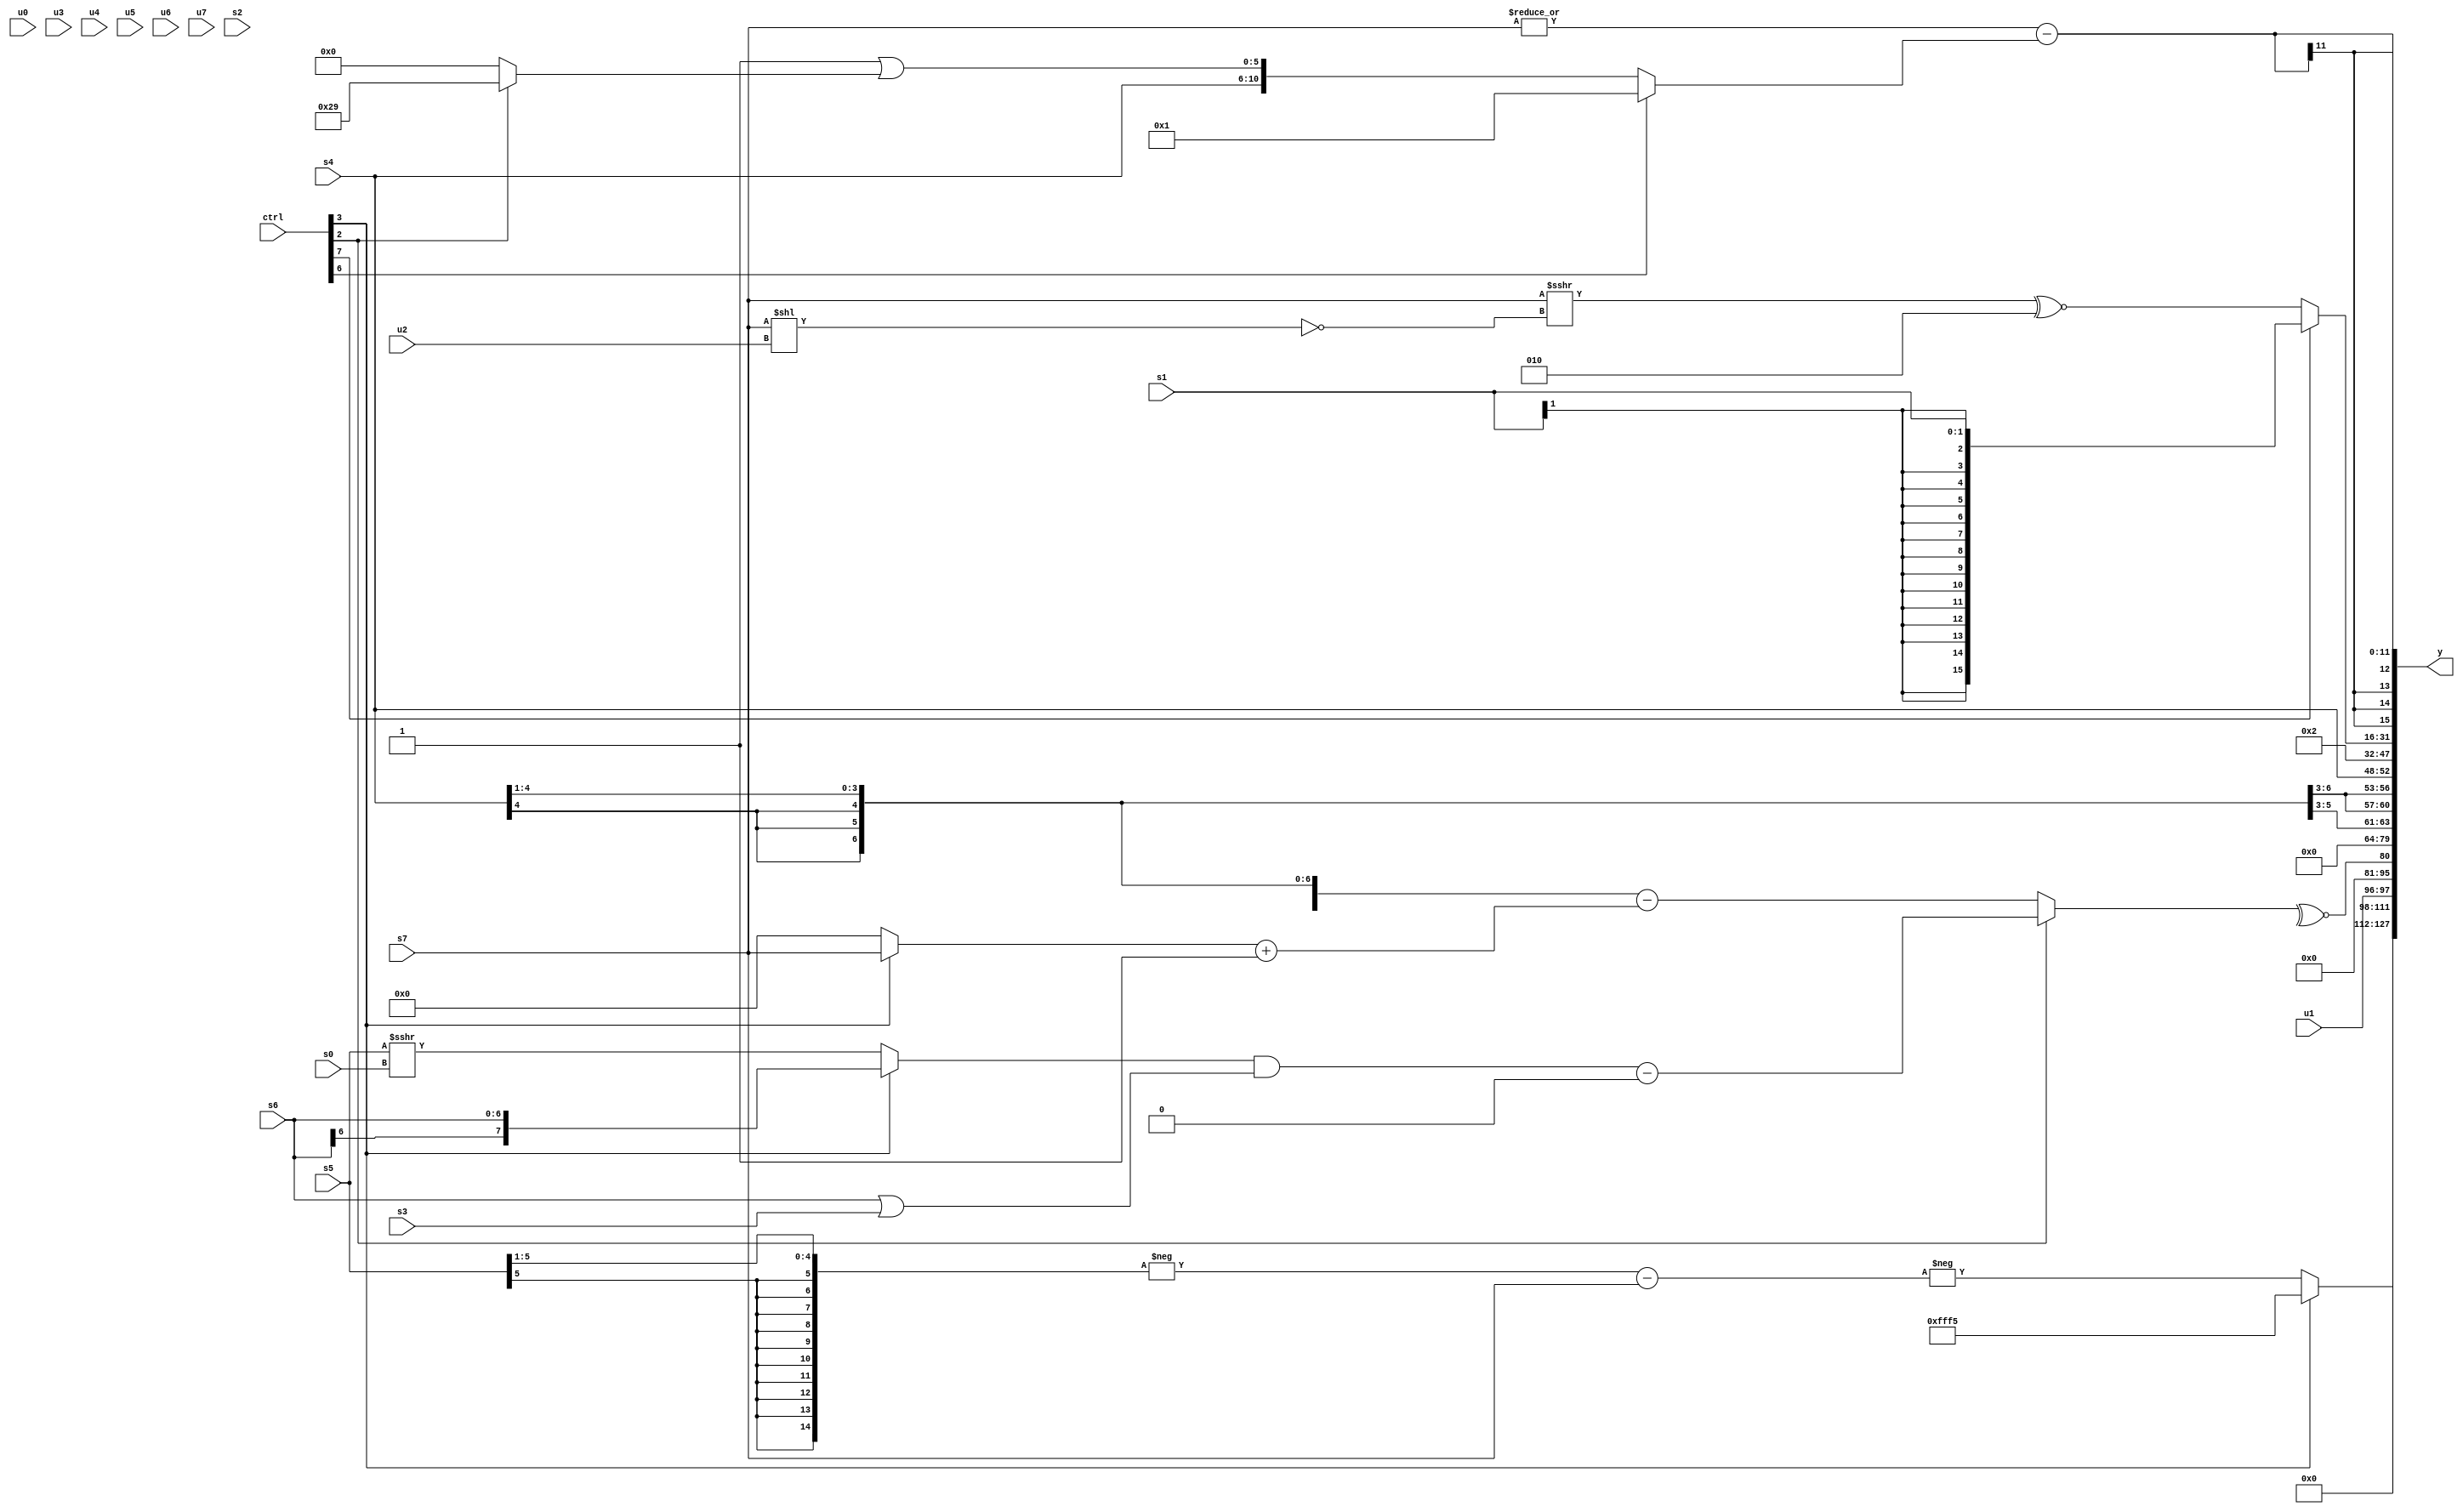
module wideexpr_00435(ctrl, u0, u1, u2, u3, u4, u5, u6, u7, s0, s1, s2, s3, s4, s5, s6, s7, y);
  input [7:0] ctrl;
  input [0:0] u0;
  input [1:0] u1;
  input [2:0] u2;
  input [3:0] u3;
  input [4:0] u4;
  input [5:0] u5;
  input [6:0] u6;
  input [7:0] u7;
  input signed [0:0] s0;
  input signed [1:0] s1;
  input signed [2:0] s2;
  input signed [3:0] s3;
  input signed [4:0] s4;
  input signed [5:0] s5;
  input signed [6:0] s6;
  input signed [7:0] s7;
  output [127:0] y;
  wire [15:0] y0;
  wire [15:0] y1;
  wire [15:0] y2;
  wire [15:0] y3;
  wire [15:0] y4;
  wire [15:0] y5;
  wire [15:0] y6;
  wire [15:0] y7;
  assign y = {y0,y1,y2,y3,y4,y5,y6,y7};
  assign y0 = (ctrl[3]?-(+(5'sb01011)):-((-((s5)>>(2'b01)))-(s7)));
  assign y1 = u1;
  assign y2 = ~^((ctrl[2]?(((ctrl[3]?(ctrl[6]?s6:s6):(s5)>>>(s0)))&(((s6)>>>(1'sb0))|((s3)>>(1'sb0))))-($signed({{1{3'sb000}},(5'sb00000)>(4'b0110)})):+(((s4)>>((1'sb1)>>(1'b0)))-(((ctrl[3]?s7:1'sb0))+(2'sb11)))));
  assign y3 = !(2'sb10);
  assign y4 = $signed(s4);
  assign y5 = 3'sb010;
  assign y6 = (ctrl[7]?s1:((s7)>>>(!((s7)<<(u2))))^~(3'sb010));
  assign y7 = (|(s7))-((ctrl[6]?1'sb1:{s4,(+(2'sb11))|((ctrl[2]?6'sb101001:1'sb0))}));
endmodule